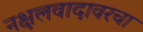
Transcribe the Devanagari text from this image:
नक्षलवादावरचा